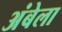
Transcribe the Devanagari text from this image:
अंबेला